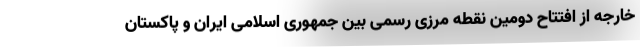
خارجه از افتتاح دومین نقطه مرزی رسمی بین جمهوری اسلامی ایران و پاکستان